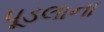
પૂડલાના